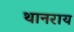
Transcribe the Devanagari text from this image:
थानराय